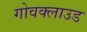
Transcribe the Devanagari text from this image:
गोवक्लाउड